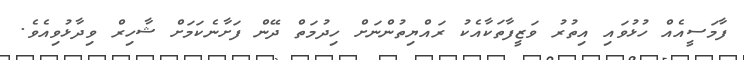
ފާމަސީއެއް ހުޅުވައި އިތުރު ވަޒީފާތަކާއެކު ރައްޔިތުންނަށް ހިދުމަތް ދޭން ފަށާނެކަމަށް ޝާހިރް ވިދާޅުވިއެވެ.